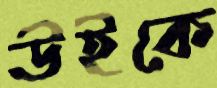
উইকে